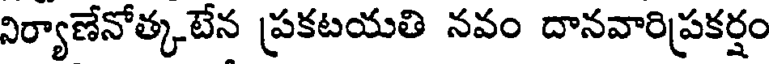
నిర్యాణేనోత్కటేన ప్రకటయతి నవం దానవారిప్రకర్షం